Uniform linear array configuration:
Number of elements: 48
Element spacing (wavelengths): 1
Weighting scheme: cosine
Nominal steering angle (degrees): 0
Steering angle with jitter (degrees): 1.729
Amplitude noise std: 0.05
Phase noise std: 0.05

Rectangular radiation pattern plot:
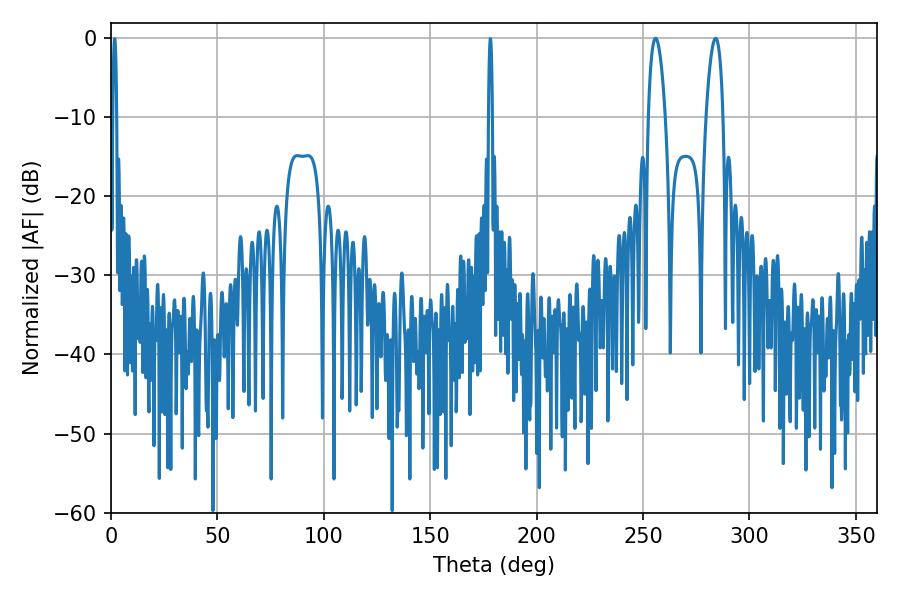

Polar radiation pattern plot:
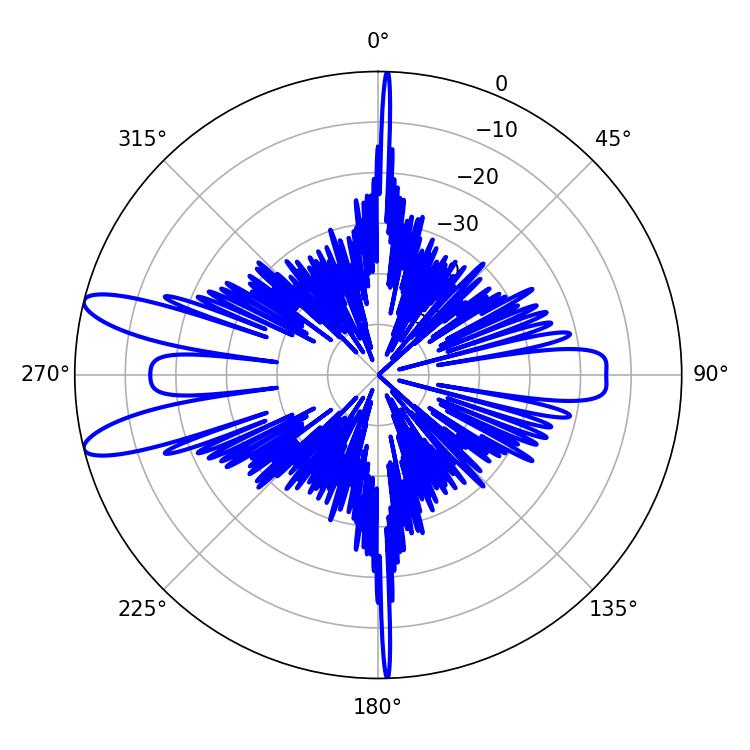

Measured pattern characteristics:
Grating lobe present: TRUE
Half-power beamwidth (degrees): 4.5
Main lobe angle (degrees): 255.96